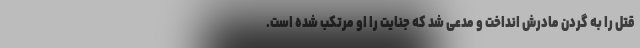
قتل را به گردن مادرش انداخت و مدعی شد که جنایت را او مرتکب شده است.